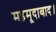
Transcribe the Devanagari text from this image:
महमूदाबाद।